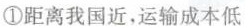
①距离我国近，运输成本低